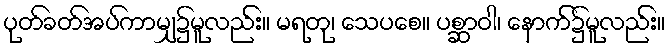
ပုတ်ခတ်အပ်ကာမျှ၌မူလည်း။ မရတု၊ သေပစေ။ ပစ္ဆာဝါ၊ နောက်၌မူလည်း။